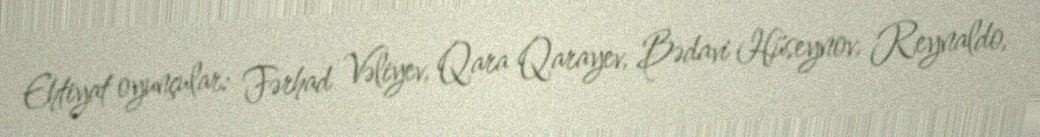
Ehtiyat oyunçular: Fərhad Vəliyev, Qara Qarayev, Bədavi Hüseynov, Reynaldo,